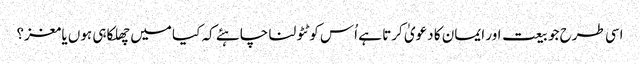
اسی طرح جو بیعت اور ایمان کا دعویٰ کرتا ہے اُس کو ٹٹولنا چاہئے کہ کیا میں چھلکا ہی ہوں یا مغز؟